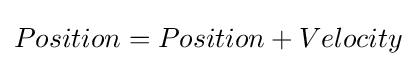
Position=Position+Velocity